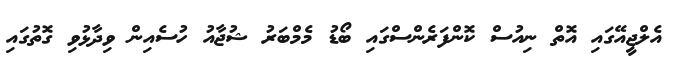
އެލްޖީއޭގައި އޮތް ނިއުސް ކޮންފަރެންސްގައި ބޯޑު މެމްބަރު ޝުޖާއު ހުސެއިން ވިދާޅުވި ގޮތުގައި